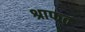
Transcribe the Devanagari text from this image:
श्राफत